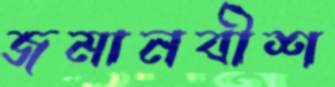
জমানবীশ